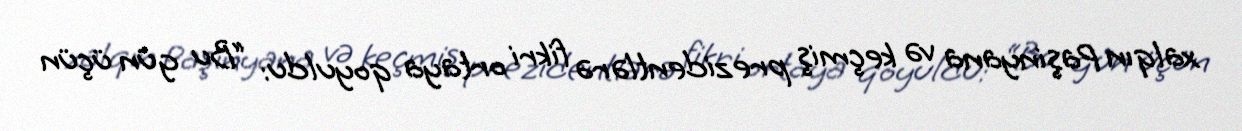
xalqın Paşinyana və keçmiş prezidentlərə fikri ortaya qoyuldu: “Bu gün üçün